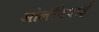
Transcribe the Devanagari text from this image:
ओलंपियाई